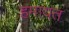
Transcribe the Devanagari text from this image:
हमायत